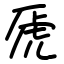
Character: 虒